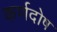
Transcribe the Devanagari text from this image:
कर्णदोष